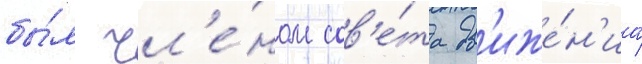
бы́л чл'е́ном сов'е́та дв'иже́н'иа